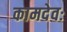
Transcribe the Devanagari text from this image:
कामदेवः